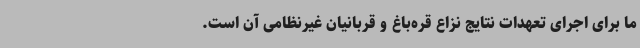
ما برای اجرای تعهدات نتایج نزاع قره‌باغ و قربانیان غیرنظامی آن است.